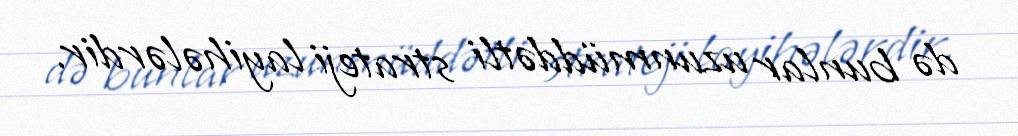
də bunlar uzunmüddətli strateji layihələrdir.